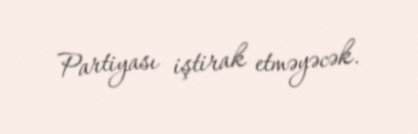
Partiyası iştirak etməyəcək.